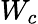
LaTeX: W_{c}